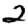
Digit: 2